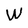
Character: W